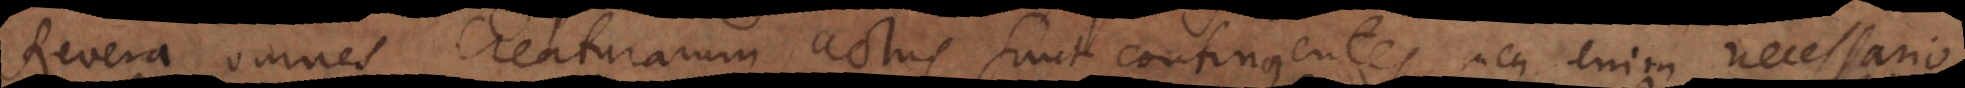
Revera omnes creaturarum actus sunt contingentes, neque enim necessario